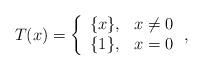
LaTeX: \begin{align*}T(x)=\left \lbrace\begin{array}{cl}\{x\},&x\neq0\\\{1\},&x=0\end{array}\right.,\end{align*}